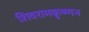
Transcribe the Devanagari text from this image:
शिवरामकॄष्णन